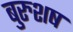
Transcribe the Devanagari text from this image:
बुरुशष